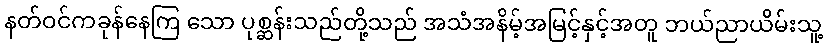
နတ်ဝင်ကခုန်နေကြ သော ပုစ္ဆန်းသည်တို့သည် အသံအနိမ့်အမြင့်နှင့်အတူ ဘယ်ညာယိမ်းသူ့